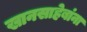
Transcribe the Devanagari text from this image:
खानसाहेबांना